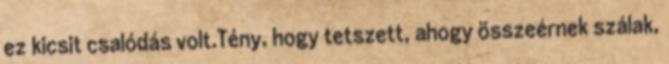
ez kicsit csalódás volt.Tény, hogy tetszett, ahogy összeérnek szálak,